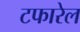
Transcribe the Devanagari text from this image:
टफारेल